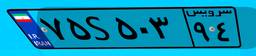
۳۳S۳۳۶۶۵